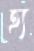
হ্য